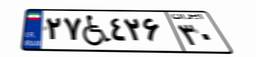
۱۲W۴۶۵۶۳